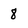
Character: 8